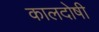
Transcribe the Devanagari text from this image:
कालदोषी